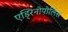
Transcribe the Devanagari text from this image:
एड्रिनोपोलिस